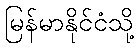
မြန်မာနိုင်ငံသို့